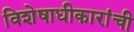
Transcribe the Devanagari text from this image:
विशेषाधीकारांची